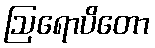
ဩရောပိတော